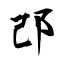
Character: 邔